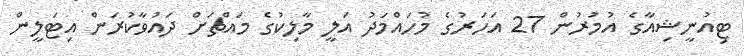
ޓިއުނީޝިއާގެ އުމުރުން 27 އަހަރުގެ މުހައްމަދު އަލީ މާލިކުގެ މައްޗަށް ދައުވާކުރަން އިޓަލީން